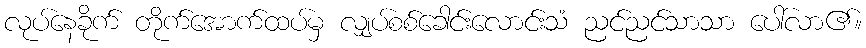
လုပ်နေခိုက် တိုက်အောက်ထပ်မှ လျှပ်စစ်ခေါင်းလောင်းသံ ညင်ညင်သာသာ ပေါ်လာ၏။